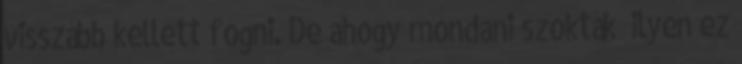
visszább kellett fogni. De ahogy mondani szokták „ilyen ez